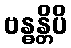
ဗန္ဓန္တိပိ